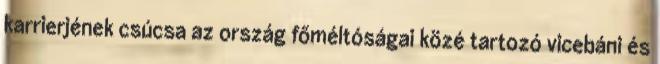
karrierjének csúcsa az ország főméltóságai közé tartozó vicebáni és